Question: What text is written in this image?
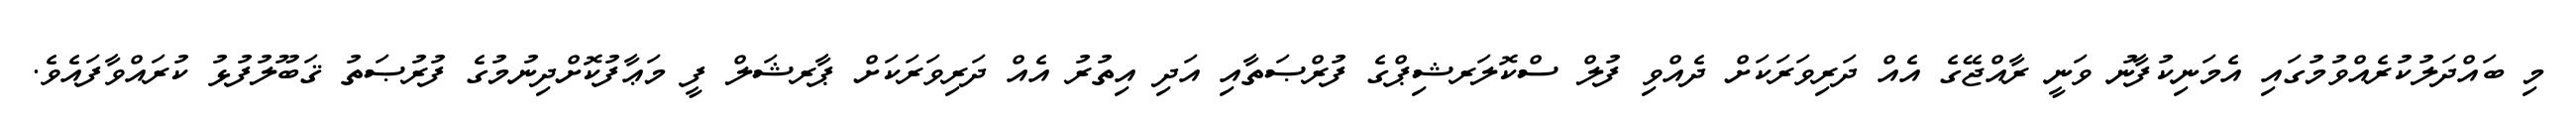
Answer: މި ބައްދަލުކުރެއްވުމުގައި އެމަނިކުފާނު ވަނީ ރާއްޖޭގެ އެއް ދަރިވަރަކަށް ދެއްވި ފުލް ސްކޮލަރޝިޕްގެ ފުރްޞަތާއި އަދި އިތުރު އެއް ދަރިވަރަކަށް ޕާރޝަލް ފީ މަޢާފުކޮށްދިނުމުގެ ފުރުޞަތު ޤަބޫލުފުޅު ކުރައްވާފައެވެ.